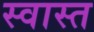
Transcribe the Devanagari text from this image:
स्वास्त